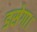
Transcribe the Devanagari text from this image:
डसेगा।